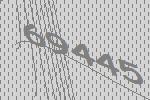
69445